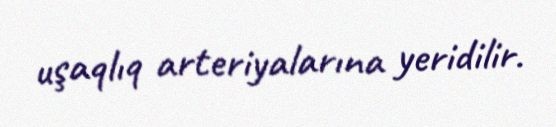
uşaqlıq arteriyalarına yeridilir.